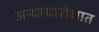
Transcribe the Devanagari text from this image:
अन्यायारोधात